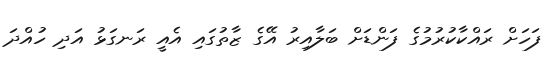
ފަހަށް ރައްކާކުރުމުގެ ފަންޑަށް ބަލާއިރު އޭގެ ޒާތުގައި އެއީ ރަނގަޅު އަދި ހުއްދަ